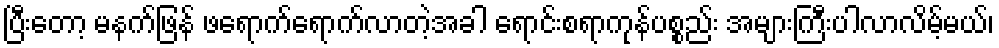
ပြီးတော့ မနက်ဖြန် ဖရောက်ရောက်လာတဲ့အခါ ရောင်းစရာကုန်ပစ္စည်း အများကြီးပါလာလိမ့်မယ်၊